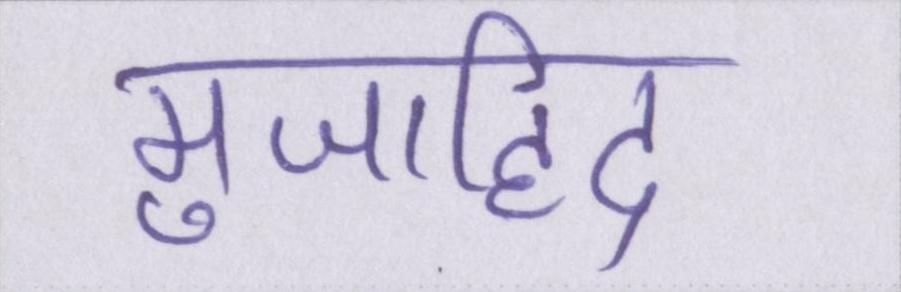
मुजाहिद